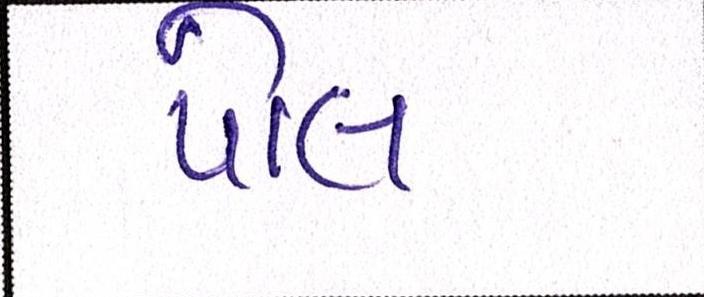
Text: પોલ